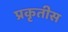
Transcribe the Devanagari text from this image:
प्रकृतीस